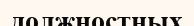
должностных